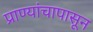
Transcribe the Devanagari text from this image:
प्राण्यांचापासून